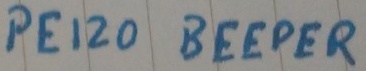
Text: PEIZO BEEPER